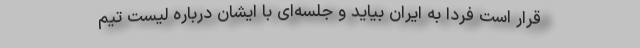
قرار است فردا به ایران بیاید و جلسه‌‌‌ای با ایشان درباره لیست تیم